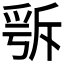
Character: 𣂭